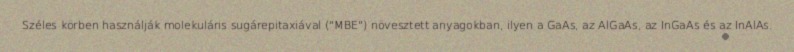
Széles körben használják molekuláris sugárepitaxiával ("MBE") növesztett anyagokban, ilyen a GaAs, az AlGaAs, az InGaAs és az InAlAs.